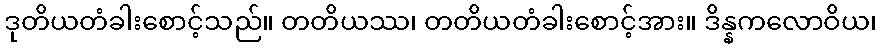
ဒုတိယတံခါးစောင့်သည်။ တတိယဿ၊ တတိယတံခါးစောင့်အား။ ဒိန္နကလောဝိယ၊